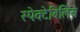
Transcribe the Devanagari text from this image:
स्पेक्टेबिलिस